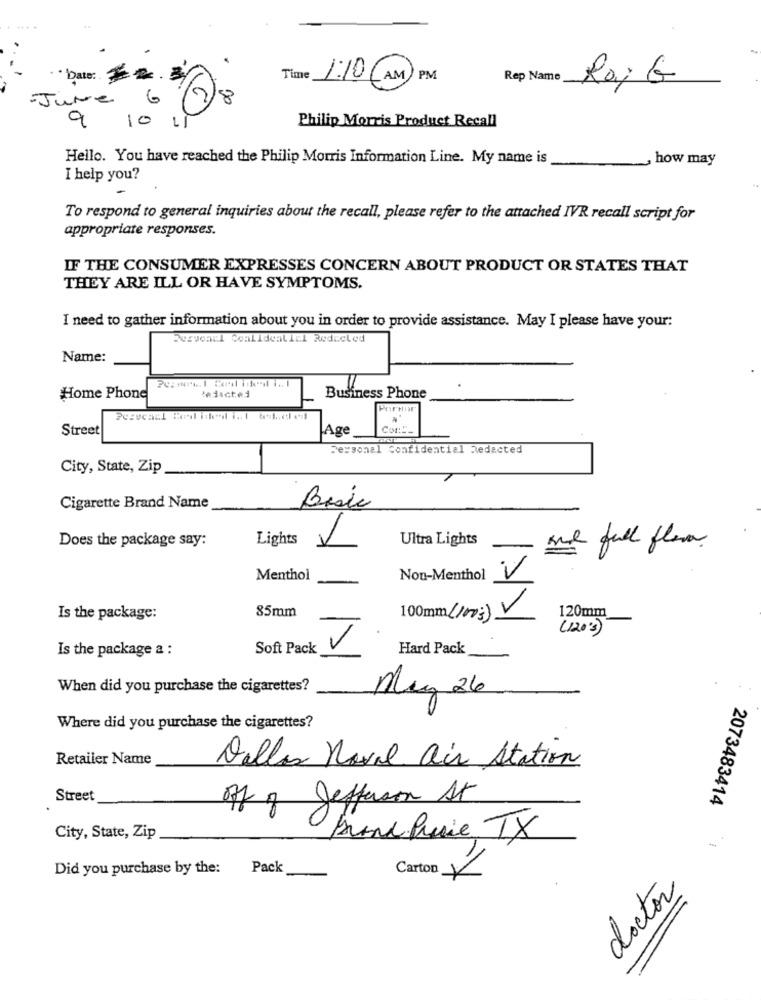
·· Date: 224
Time
1:10 (AM) PM
Rep Name
Roj G
-June
8
9
10
Philip Morris Product Recall
Hello. You have reached the Philip Morris Information Line. My name is
how may
I help you?
To respond to general inquiries about the recall, please refer to the attached IVR recall script for
appropriate responses.
IF THE CONSUMER EXPRESSES CONCERN ABOUT PRODUCT OR STATES THAT
THEY ARE ILL OR HAVE SYMPTOMS.
I need to gather information about you in order to provide assistance. May I please have your:
Pervonul Coalidealicl Reducled
Name:
Home Phone
Business Phone
Pertor
Street
Age
Con :__
Personal Confidential Redacted
City, State, Zip
Cigarette Brand Name
Basic
Does the package say:
Lights
Ultra Lights
and full flow
V
Menthol
Non-Menthol
85mm
>
120mm
Is the package:
100mm(1003)>
(120')
Is the package a :
Soft Pack
Hard Pack
When did you purchase the cigarettes?
May 26
Where did you purchase the cigarettes?
Retailer Name
Dallas Naval air Station
Street
2073483414
off of Jefferson At
City, State, Zip
Donc Paie, TX
Did you purchase by the:
Pack
Carton Y
doctor